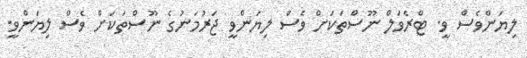
ލިޔަންވެސް ވީ. ޓްރެވަލް ނޫސްތަކަށް ވެސް ލިޔަންވީ ޖަރުމަނުގެ ނޫސްތަކަށް ވެސް ލިޔަންވީ.